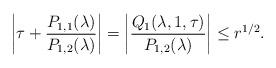
LaTeX: \begin{align*}\left|\tau+\frac{P_{1,1}(\lambda)}{P_{1,2}(\lambda)}\right|=\left|\frac{Q_{1}(\lambda,1,\tau)}{P_{1,2}(\lambda)}\right|\le r^{1/2}.\end{align*}